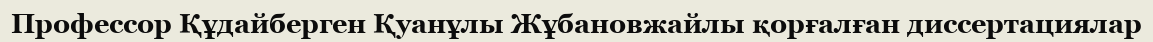
Профессор Құдайберген Қуанұлы Жұбановжайлы қорғалған диссертациялар